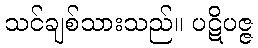
သင်ချစ်သားသည်။ ပဋိပဇ္ဇ